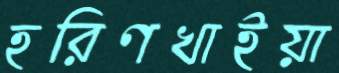
হরিণখাইয়া